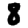
Digit: 8